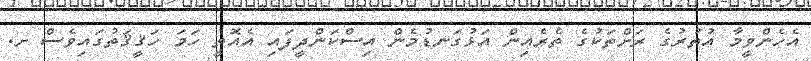
އެހެންވީމާ އުތުރުގެ ރަށްތަކުގެ ތެރެއިން އަޅުގަނޑުމެން އިސްކަންދީފައި އެއޮތީ ހަމަ ހަޤީޤަތުގައިވެސް ށ.